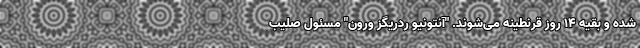
شده و بقیه 14 روز قرنطینه می‌شوند. "آنتونیو ردریگز ورون" مسئول صلیب